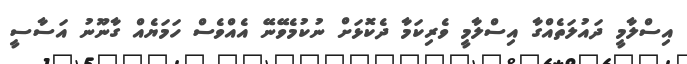
އިސްލާމީ ދައުލަތެއްގާ އިސްލާމީ ވެރިކަމާ ދެކޮޅަށް ނުކުމެވޭނޭ އެއްވެސް ހަމަޔެއް ގާނޫނު އަސާސީ